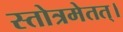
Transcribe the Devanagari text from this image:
स्तोत्रमेतत्।